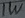
Text: 1W